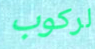
لركوب